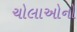
ચોલાઓનો